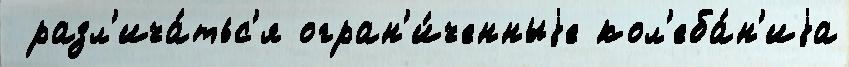
 разл'ича́тьс'я огран'и́ченныjе кол'еба́н'иjа